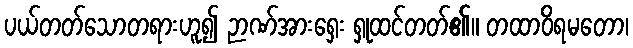
ပယ်တတ်သောတရားဟူ၍ ဉာဏ်အားရှေး ရှုထင်တတ်၏။ တထာဝိရမတော၊